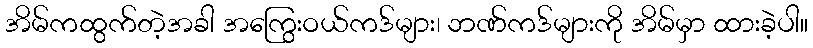
အိမ်ကထွက်တဲ့အခါ အကြွေးဝယ်ကဒ်များ၊ ဘဏ်ကဒ်များကို အိမ်မှာ ထားခဲ့ပါ။